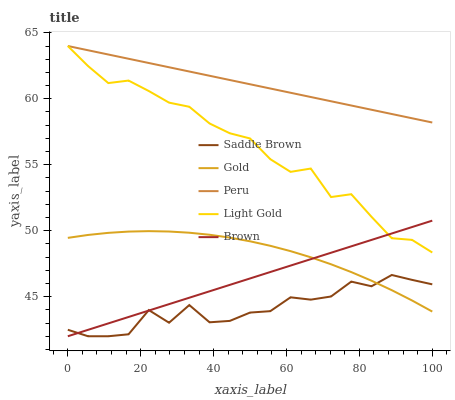
| xaxis_label | Saddle Brown | Gold | Peru | Light Gold | Brown |
 | --- | --- | --- | --- | --- | --- |
 | 0 | 42.5 | 49.5 | 64 | 64 | 42 |
 | 5.56 | 42 | 49.7 | 63.7 | 62.5 | 42.5 |
 | 11.1 | 42 | 49.8 | 63.4 | 61.2 | 43 |
 | 16.7 | 42.1 | 49.9 | 63 | 61.4 | 43.5 |
 | 22.2 | 44 | 50 | 62.7 | 60.6 | 43.9 |
 | 27.8 | 43 | 49.9 | 62.4 | 59.7 | 44.4 |
 | 33.3 | 44.4 | 49.8 | 62.1 | 59.4 | 44.9 |
 | 38.9 | 43.1 | 49.7 | 61.7 | 58.1 | 45.4 |
 | 44.4 | 43.2 | 49.5 | 61.4 | 57.4 | 45.9 |
 | 50 | 43.8 | 49.2 | 61.1 | 57 | 46.4 |
 | 55.6 | 43.9 | 48.9 | 60.8 | 55.4 | 46.9 |
 | 61.1 | 45 | 48.5 | 60.5 | 54.5 | 47.4 |
 | 66.7 | 44.8 | 48 | 60.1 | 54.7 | 47.8 |
 | 72.2 | 45 | 47.5 | 59.8 | 52.6 | 48.3 |
 | 77.8 | 46.1 | 46.9 | 59.5 | 52.8 | 48.8 |
 | 83.3 | 45.8 | 46.2 | 59.2 | 51.1 | 49.3 |
 | 88.9 | 46.6 | 45.5 | 58.8 | 49.4 | 49.8 |
 | 94.4 | 46.3 | 44.7 | 58.5 | 49.3 | 50.3 |
 | 100 | 45.9 | 43.9 | 58.2 | 48.3 | 50.8 |